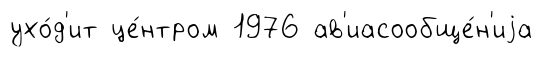
ухо́д'ит це́нтром 1976 ав'иасообще́н'иjа